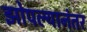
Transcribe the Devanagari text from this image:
झोपल्यानंतर